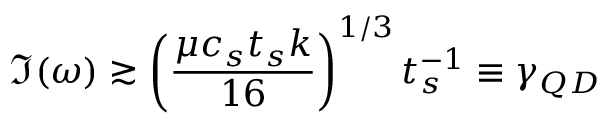
\Im ( \omega ) \gtrsim \left( \frac { \mu c _ { s } t _ { s } k } { 1 6 } \right) ^ { 1 / 3 } t _ { s } ^ { - 1 } \equiv \gamma _ { Q D }